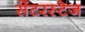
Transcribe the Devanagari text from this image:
सेंटरस्टेज